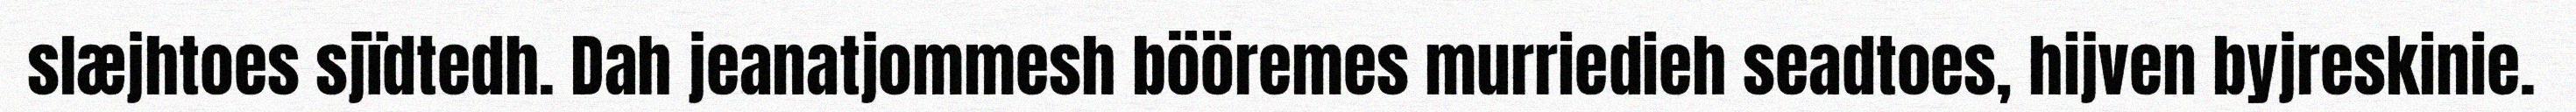
slæjhtoes sjïdtedh. Dah jeanatjommesh bööremes murriedieh seadtoes, hijven byjreskinie.